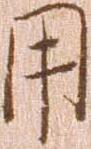
用